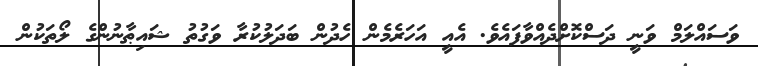
ވަސައްލަމް ވަނީ ދަސްކޮށްދެއްވާފައެވެ. އެއީ އަހަރެމެން ހެދުން ބަދަލުކުރާ ވަގުތު ޝައިޠާނުންގެ ލޯތަކުން